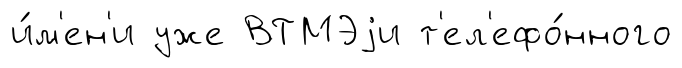
и́м'ен'и уже ВТМЭjи т'ел'ефо́нного